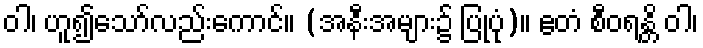
ဝါ၊ ဟူ၍သော်လည်းကောင်။ (အနီးအများ၌ ပြုပုံ)။ ဧတံ စီဝရန္တိ ဝါ၊